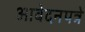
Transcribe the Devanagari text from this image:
आवेदनपत्रे